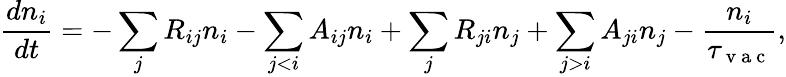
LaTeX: \frac{dn_{i}}{dt}=-\sum_{j}R_{ij}n_{i}-\sum_{j<i}A_{ij}n_{i}+\sum_{j}R_{ji}n_{j}+\sum_{j>i}A_{ji}n_{j}-\frac{n_{i}}{\tau_{\mathrm{~v~a~c~}}},